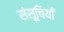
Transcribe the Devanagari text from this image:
संसूचियाँ